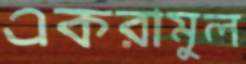
একরামুল